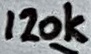
Text: 120k